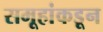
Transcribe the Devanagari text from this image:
समूहांकडून